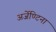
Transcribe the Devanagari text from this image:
अर्जेण्टिना